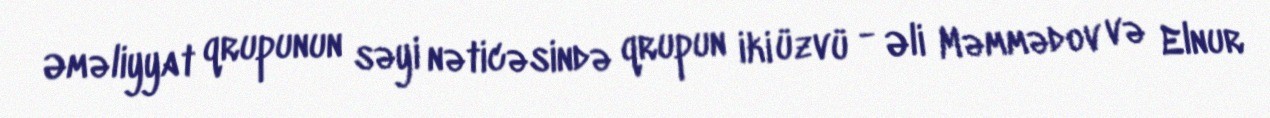
Əməliyyat qrupunun səyi nəticəsində qrupun iki üzvü - Əli Məmmədov və Elnur